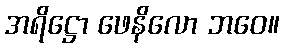
အရိဋ္ဌော ဖေနိလော ဘဝေ။